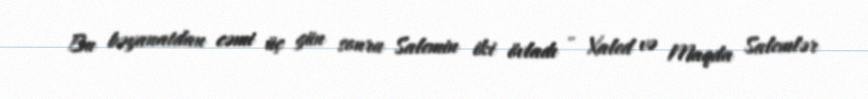
Bu bəyanatdan cəmi üç gün sonra Salemin iki övladı - Xaled və Maqda Salemlər